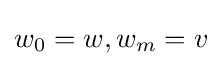
w_{0}=w,w_{m}=v